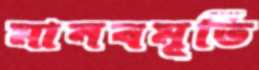
মানবমূর্তি